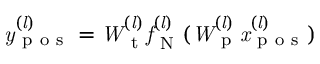
\it y _ { \mathrm { ~ p ~ o ~ s ~ } } ^ { ( l ) } = W _ { \mathrm { ~ t ~ } } ^ { ( l ) } f _ { \mathrm { ~ N ~ } } ^ { ( l ) } ( W _ { \mathrm { ~ p ~ } } ^ { ( l ) } x _ { \mathrm { ~ p ~ o ~ s ~ } } ^ { ( l ) } )